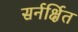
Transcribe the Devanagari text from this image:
सर्नर्क्षित